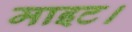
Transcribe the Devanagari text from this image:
माइट।